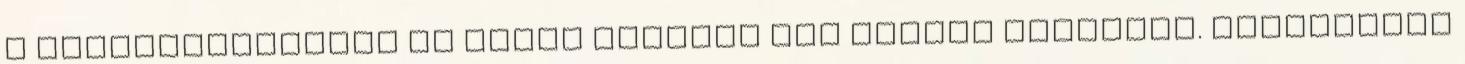
a kapcsolataidban is Okkal vagyunk ott egymás életében. Feladatunk